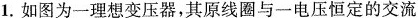
1.如图为一理想变压器，其原线圈与一电压恒定的交流